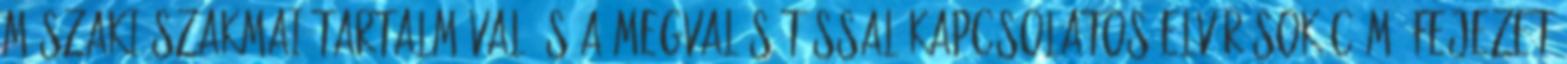
műszaki-szakmai tartalmával és a megvalósítással kapcsolatos elvárások című fejezet